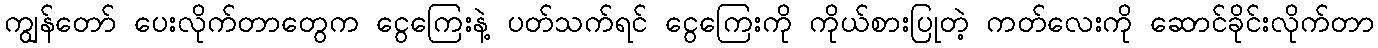
ကျွန်တော် ပေးလိုက်တာတွေက ငွေကြေးနဲ့ ပတ်သက်ရင် ငွေကြေးကို ကိုယ်စားပြုတဲ့ ကတ်လေးကို ဆောင်ခိုင်းလိုက်တာ